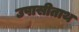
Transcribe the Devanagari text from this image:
उपासीताथ